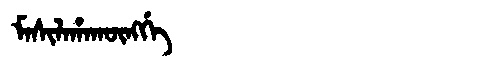
Manchu: ᠮᠠᠰᡳᠯᠠᡥᠠᡴᡡᠩᡤᡝ
Romanization: MASILAHAKŪNGGE